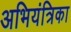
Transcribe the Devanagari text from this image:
अभियंत्रिका